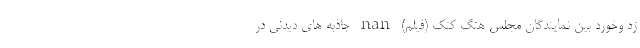
زد وخورد بین نمایندگان مجلس هنگ کنک (فیلم) nan جاذبه های دیدنی در